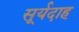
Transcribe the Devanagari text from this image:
सूर्यदाह